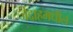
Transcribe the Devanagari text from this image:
जेद्दाहमधील